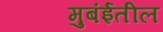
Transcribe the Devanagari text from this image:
मुबंईतील